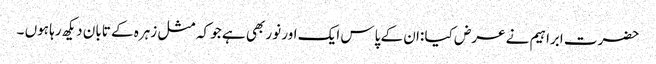
حضرت ابراہیم نے عرض کیا :ان کے پاس ایک اور نور بھی ہے جو کہ مثل زہرہ کے تابان دیکھ رہا ہوں ۔